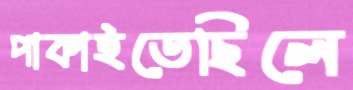
পাকাইতেছিলে